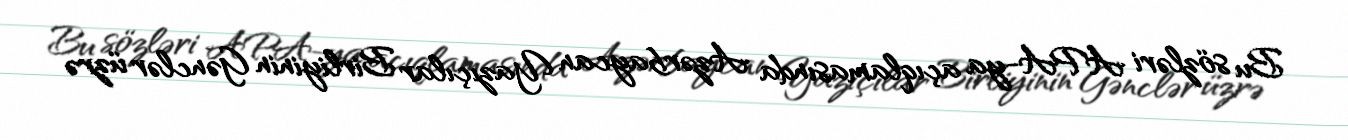
Bu sözləri APA-ya açıqlamasında Azərbaycan Yazıçılar Birliyinin Gənclər üzrə